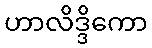
ဟာလိဒ္ဒိကော